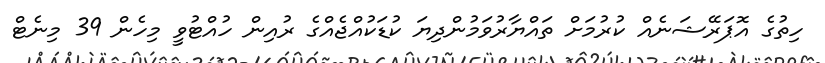
ހިތުގެ އޮޕަރޭޝަނެއް ކުރުމަށް ތައްޔާރުވަމުންދިޔަ ކުޑަކުއްޖެއްގެ ރުއިން ހުއްޓުވީ މިހެން 39 މިނެޓް